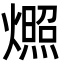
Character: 燳